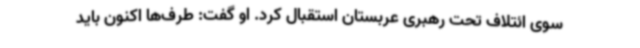
سوی ائتلاف تحت رهبری عربستان استقبال کرد. او گفت: طرف‌ها اکنون باید